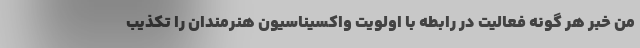
من خبر هر گونه فعالیت در رابطه با اولویت واکسیناسیون هنرمندان را تکذیب